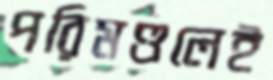
পরিমণ্ডলেই